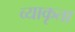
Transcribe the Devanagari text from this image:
व्याकृता